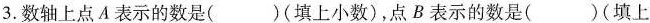
3.数轴上点A表示的数是( )(填上小数)，点B表示的数是( )(填上